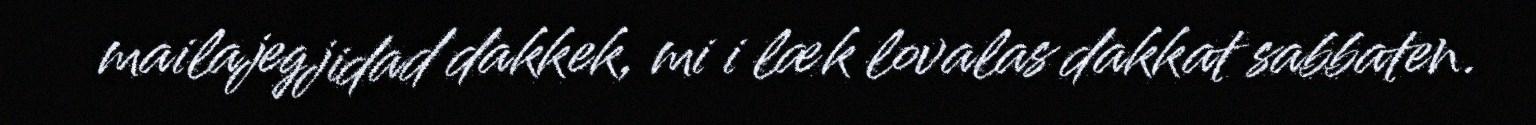
mailajegjidad dakkek, mi i læk lovalas dakkat sabbaten.